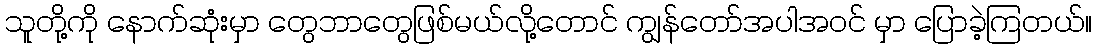
သူတို့ကို နောက်ဆုံးမှာ တွေဘာတွေဖြစ်မယ်လို့တောင် ကျွန်တော်အပါအဝင် မှာ ပြောခဲ့ကြတယ်။